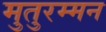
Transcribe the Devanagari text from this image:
मुतुरम्मन